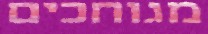
מגוחכים